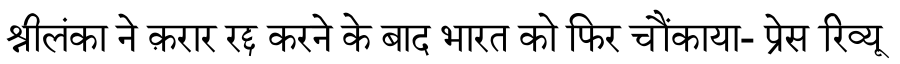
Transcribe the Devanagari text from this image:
श्रीलंका ने क़रार रद्द करने के बाद भारत को फिर चौंकाया- प्रेस रिव्यू